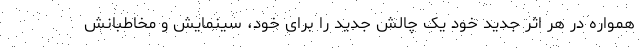
همواره در هر اثر جدید خود یک چالش جدید را برای خود، سینمایش و مخاطبانش